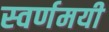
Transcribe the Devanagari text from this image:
स्‍वर्णमयी